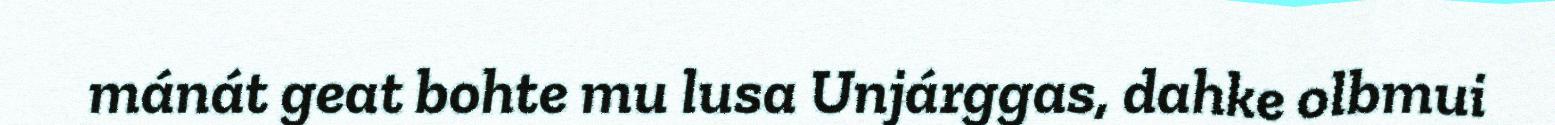
mánát geat bohte mu lusa Unjárggas, dahke olbmui